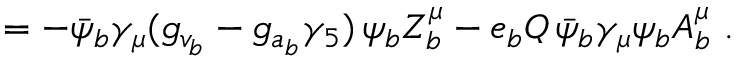
\L = - \bar { \psi } _ { b } \gamma _ { \mu } ( g _ { v _ { b } } - g _ { a _ { b } } \gamma _ { 5 } ) \, \psi _ { b } Z _ { b } ^ { \mu } - e _ { b } Q \, \bar { \psi } _ { b } \gamma _ { \mu } \psi _ { b } A _ { b } ^ { \mu } ~ .